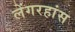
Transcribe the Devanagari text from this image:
लेंगरहांस